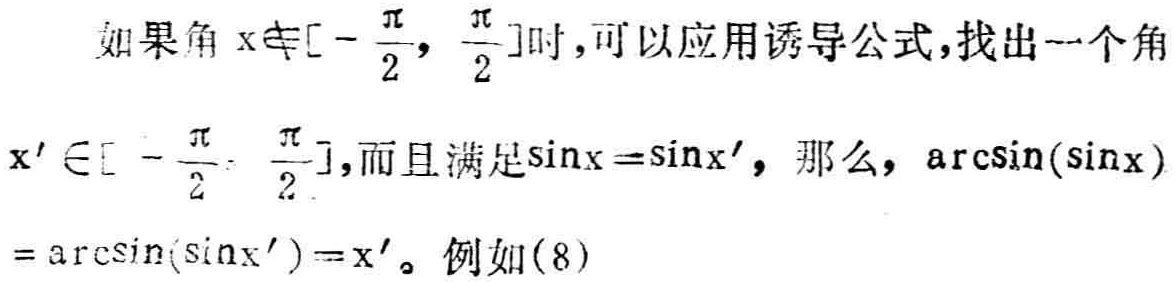
如果角 \(x\notin[-\frac{\pi}{2}, \frac{\pi}{2}]\)时，可以应用诱导公式，找出一个角 \(x'\in[-\frac{\pi}{2}, \frac{\pi}{2}]\)，而且满足\(\sin x = \sin x'\)，那么，\(\arcsin(\sin x)=\arcsin(\sin x') = x'\)。例如\((8)\)